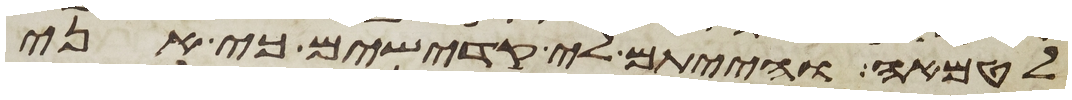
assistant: לטמאה והייתם לי קדישים כי אני